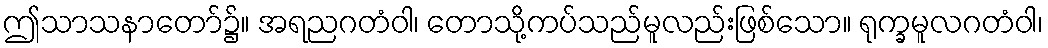
ဤသာသနာတော်၌။ အရညဂတံဝါ၊ တောသို့ကပ်သည်မူလည်းဖြစ်သော။ ရုက္ခမူလဂတံဝါ၊